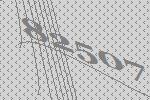
82507